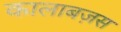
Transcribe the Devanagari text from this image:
कालाबज़स